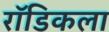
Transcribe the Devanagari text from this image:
रॉडिकला